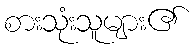
စားသုံးသူများ၏